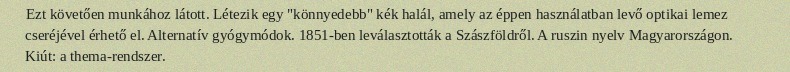
Ezt követően munkához látott. Létezik egy "könnyedebb" kék halál, amely az éppen használatban levő optikai lemez cseréjével érhető el. Alternatív gyógymódok. 1851-ben leválasztották a Szászföldről. A ruszin nyelv Magyarországon. Kiút: a thema-rendszer.